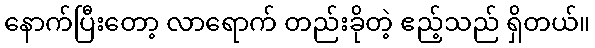
နောက်ပြီးတော့ လာရောက် တည်းခိုတဲ့ ဧည့်သည် ရှိတယ်။